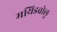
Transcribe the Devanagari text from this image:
मयिडवोलु